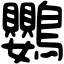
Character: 鸚